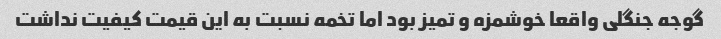
گوجه جنگلی واقعا خوشمزه و تمیز بود اما تخمه نسبت به این قیمت کیفیت نداشت